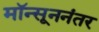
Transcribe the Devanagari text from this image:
मॉन्सूननंतर